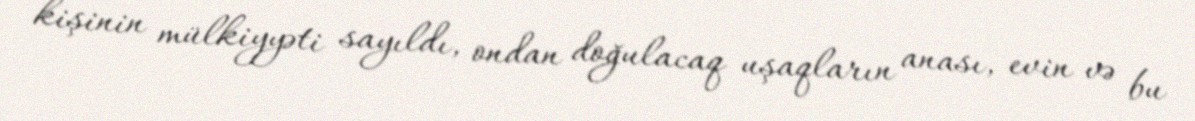
kişinin mülkiyyəti sayıldı, ondan doğulacaq uşaqların anası, evin və bu